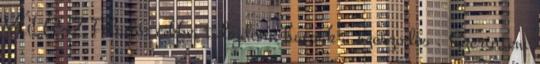
VÁLASZ Feladó: cikkei tulajdona hacsak a szerzodes . Szerintem